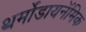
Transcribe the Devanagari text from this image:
थर्मोडायनॅमिक